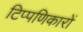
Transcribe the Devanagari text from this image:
टिप्पणिकारों